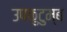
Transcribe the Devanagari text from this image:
उपकुटुम्ब